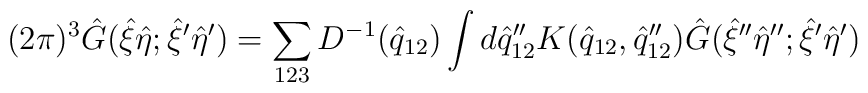
(2\pi)^3 {\hat G}({\hat \xi} {\hat \eta} ;{\hat \xi}' {\hat \eta}') = \sum_{123} D^{-1}({\hat q}_{12}) \int d{{\hat q}_{12}}'' K({\hat q}_{12}, {{\hat q}_{12}}'') {\hat G}({\hat \xi}'' {\hat \eta}'';{\hat \xi}' {\hat \eta}')